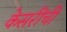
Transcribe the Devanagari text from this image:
केसरींची